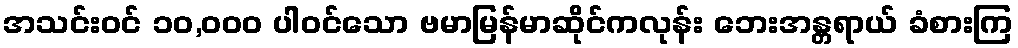
အသင်းဝင် ၁၀,၀၀၀ ပါဝင်သော ဗမာမြန်မာဆိုင်ကလုန်း ဘေးအန္တရာယ် ခံစားကြ